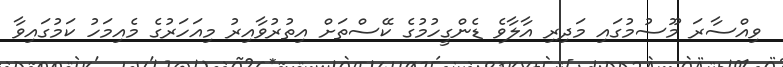
ވިއްސާރަ މޫސުމުގައި މަދިރި އާލާވެ ޑެންގީހުމުގެ ކޭސްތަށް އިތުރުވާއިރު މިއަހަރުގެ މެއިމަހު ކަމުގައިވާ